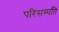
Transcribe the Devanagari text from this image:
परिसम्पति